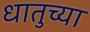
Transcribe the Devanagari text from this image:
धातुच्या